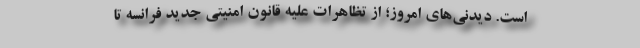
است. دیدنی‌های امروز؛ از تظاهرات علیه قانون امنیتی جدید فرانسه تا